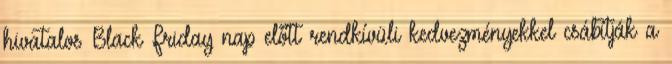
hivatalos Black Friday nap előtt rendkívüli kedvezményekkel csábítják a